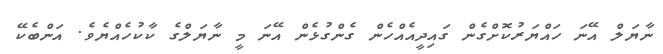
ނާޔަލް އޭނަ ހައްޔަރުކޮށްގެން ގައިދީއެއްހެން ގެންގުޅެން އޭނަ މީ ނާޔަލްގެ ކާކުހެއްޔެވެ. އަންބެކޭ